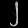
Digit: ၂